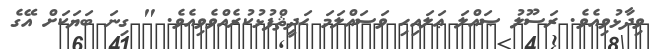
ވިދާޅުވިއެވެ. ރަސޫލު ޞައްލަ ޢަލައިހި ވަސައްލަމަ ޙަދީޘްފުޅުކުރެއްވެވިއެވެ. " ގިނަ ބަޔަކަށް އޭގެ